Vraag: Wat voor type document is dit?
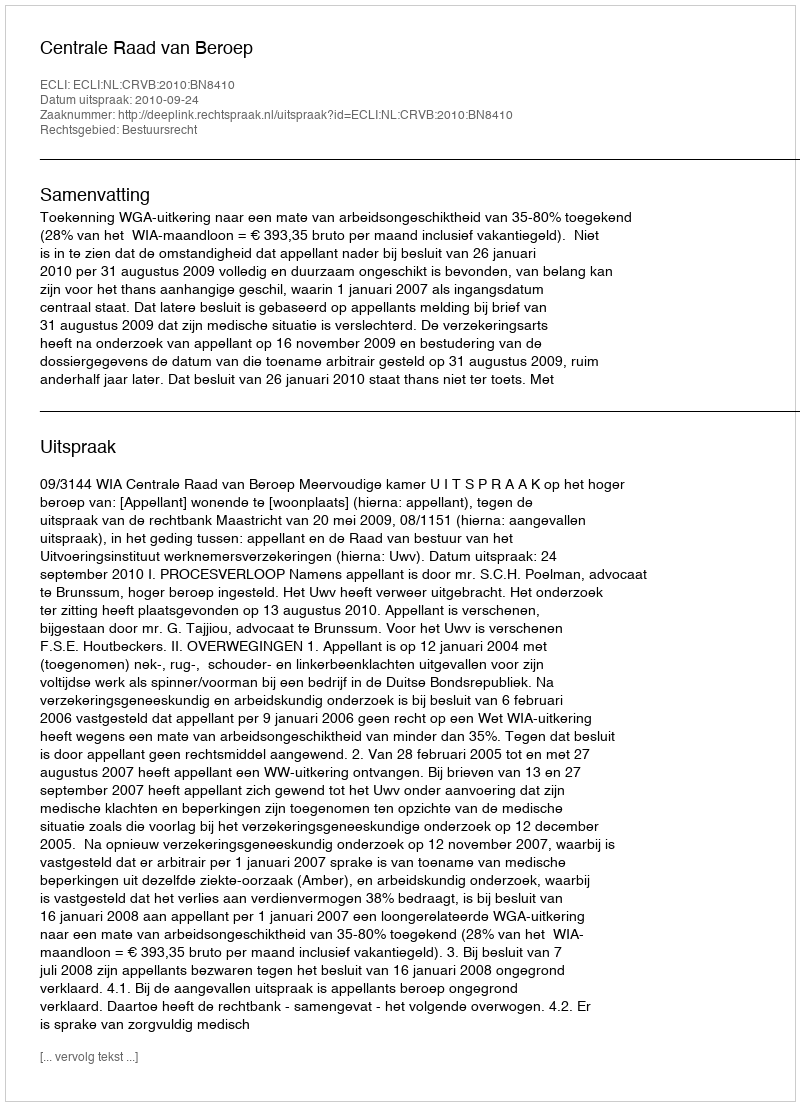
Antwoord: Uitspraak